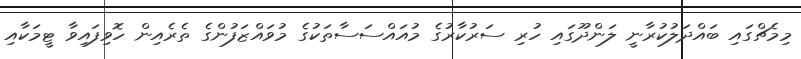
މިމެޗްގައި ބައްދަލުކުރާނީ ލަންދޫގައި ހުރި ސަރުކާރުގެ މުއައްސަސާތަކުގެ މުވައްޒަފުންގެ ތެރެއިން ހޮވިފައިވާ ޓީމަކާއި